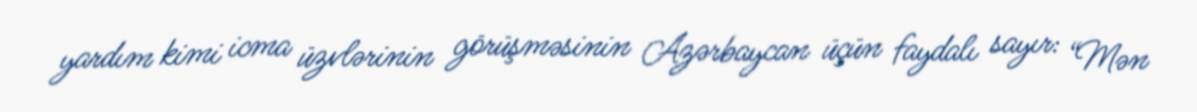
yardım kimi icma üzvlərinin görüşməsinin Azərbaycan üçün faydalı sayır: “Mən